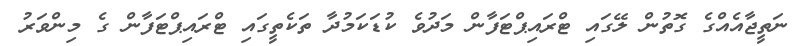
ނަތީޖާއެއްގެ ގޮތުން ލޭގައި ޓްރައިޕްޓަފާން މަދުވެ ކުޑަކަމުދާ ތަކެތީގައި ޓްރައިޕްޓަފާން ގެ މިންވަރު